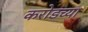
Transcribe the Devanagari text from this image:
करोडच्या